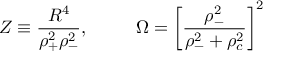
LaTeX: Z \equiv \frac { R ^ { 4 } } { \rho _ { + } ^ { 2 } \rho _ { - } ^ { 2 } } , \; \; \ \ \ \ \ \ \Omega = \left[ \frac { \rho _ { - } ^ { 2 } } { \rho _ { - } ^ { 2 } + \rho _ { c } ^ { 2 } } \right] ^ { 2 }